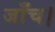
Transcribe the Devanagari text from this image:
जाँच।